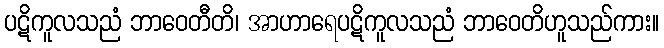
ပဋိကူလသညံ ဘာဝေတီတိ၊ အာဟာရေပဋိကူလသညံ ဘာဝေတိဟူသည်ကား။